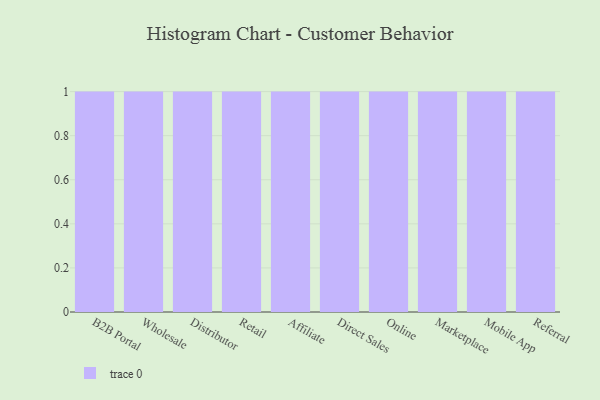
{"axis": {"x": "Channel", "y": "Humidity (%)"}, "legend": [""], "data": [{"x": "B2B Portal", "y": 25, "type": ""}, {"x": "Wholesale", "y": 45, "type": ""}, {"x": "Distributor", "y": 61, "type": ""}, {"x": "Retail", "y": 35, "type": ""}, {"x": "Affiliate", "y": 94, "type": ""}, {"x": "Direct Sales", "y": 55, "type": ""}, {"x": "Online", "y": 7, "type": ""}, {"x": "Marketplace", "y": 58, "type": ""}, {"x": "Mobile App", "y": 36, "type": ""}, {"x": "Referral", "y": 32, "type": ""}]}